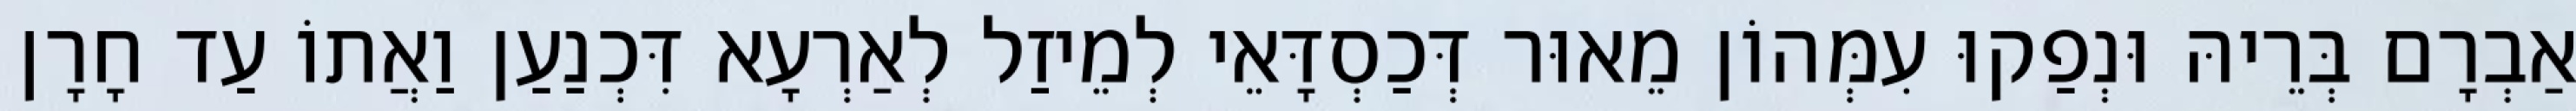
אַבְרָם בְּרֵיהּ וּנְפַקוּ עִמְּהוֹן מֵאוּר דְּכַסְדָּאֵי לְמֵיזַל לְאַרְעָא דִּכְנַעַן וַאֲתוֹ עַד חָרָן